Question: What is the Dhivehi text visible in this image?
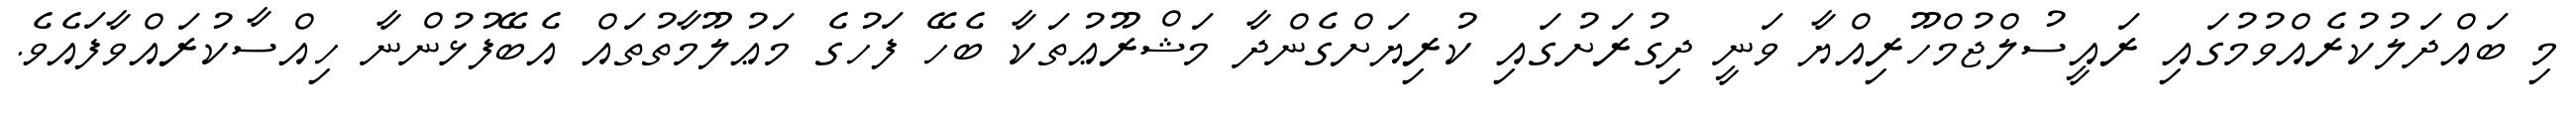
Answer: މި ބައްދަލުކުރެއްވުމުގައި ރައީސުލްޖުމްހޫރިއްޔާ ވަނީ ދިގުރަށުގައި ކުރިޔަށްގެންދާ މަޝްރޫޢުތަކާ ބެހޭ ފަހުގެ މަޢުލޫމާތުތައް އެބޭފުޅުންނާ ހިއްސާކުރައްވާފައެވެ.